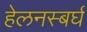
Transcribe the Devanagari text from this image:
हेलनस्बर्घ